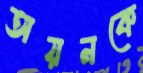
অয়নকে